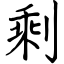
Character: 剩